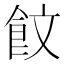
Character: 𮸾